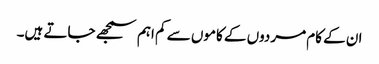
ان کے کام مردوں کے کاموں سے کم اہم سمجھے جاتے ہیں۔